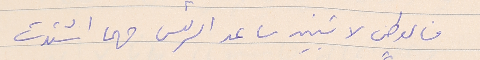
فالوطن لا تبنيه ساعد الرئيس مهما اشتدت